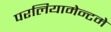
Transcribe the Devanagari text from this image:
परलियामेन्टमे